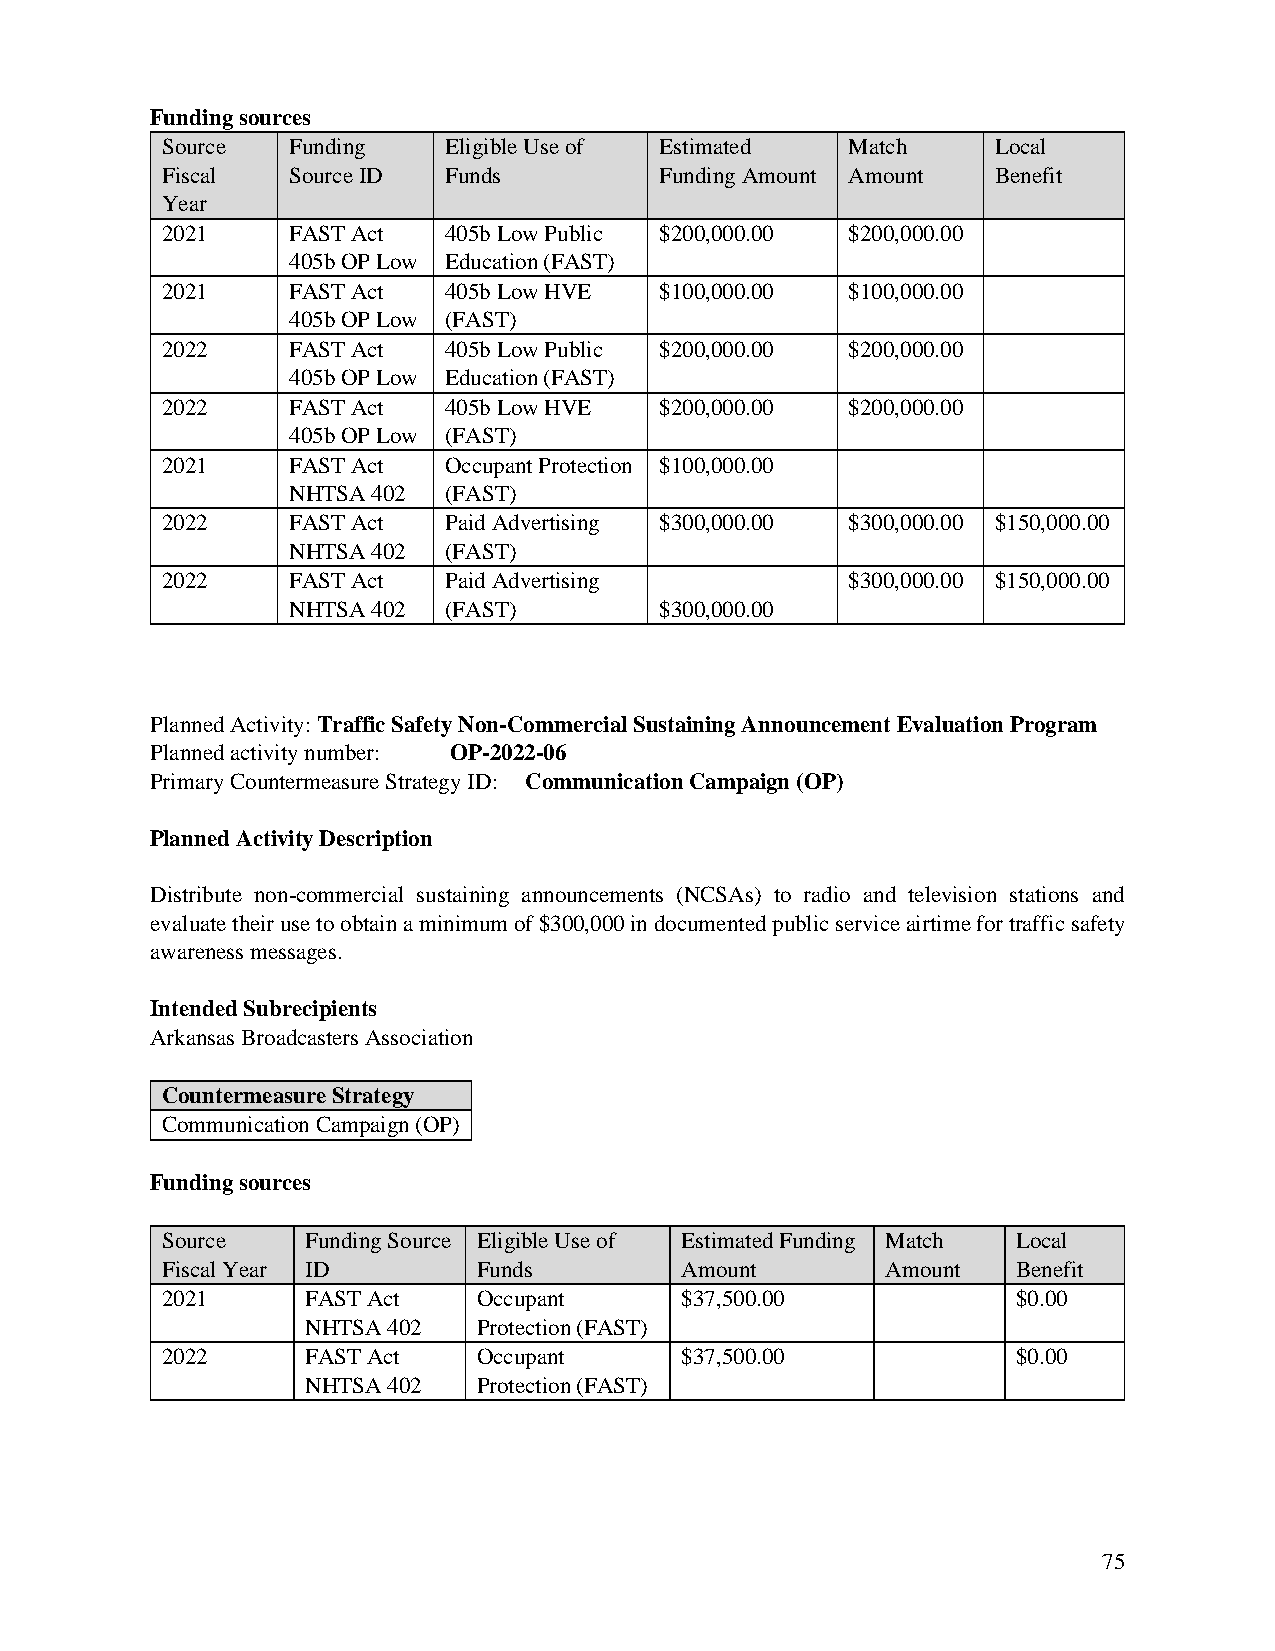
Funding sources
 Source  Funding   Eligible Use of Estimated  Match     Local
 Fiscal  Source ID Funds          Funding Amount Amount Benefit
 Year
 2021    FAST Act  405b Low Public $200,000.00 $200,000.00
 405b OP Low Education (FAST)
 2021    FAST Act  405b Low HVE   $100,000.00 $100,000.00
 405b OP Low (FAST)
 2022    FAST Act  405b Low Public $200,000.00 $200,000.00
 405b OP Low Education (FAST)
 2022    FAST Act  405b Low HVE   $200,000.00 $200,000.00
 405b OP Low (FAST)
 2021    FAST Act  Occupant Protection $100,000.00
 NHTSA 402 (FAST)
 2022    FAST Act  Paid Advertising $300,000.00 $300,000.00 $150,000.00
 NHTSA 402 (FAST)
 2022    FAST Act  Paid Advertising           $300,000.00 $150,000.00
 NHTSA 402 (FAST)         $300,000.00
 Planned Activity: Traffic Safety Non-Commercial Sustaining Announcement Evaluation Program
 Planned activity number: OP-2022-06
 Primary Countermeasure Strategy ID: Communication Campaign (OP)
 Planned Activity Description
 Distribute non-commercial sustaining announcements (NCSAs) to radio and television stations and
 evaluate their use to obtain a minimum of $300,000 in documented public service airtime for traffic safety
 awareness messages.
 Intended Subrecipients
 Arkansas Broadcasters Association
 Countermeasure Strategy
 Communication Campaign (OP)
 Funding sources
 Source   Funding Source Eligible Use of Estimated Funding Match Local
 Fiscal Year ID       Funds        Amount        Amount  Benefit
 2021     FAST Act    Occupant     $37,500.00            $0.00
 NHTSA 402   Protection (FAST)
 2022     FAST Act    Occupant     $37,500.00            $0.00
 NHTSA 402   Protection (FAST)
 75